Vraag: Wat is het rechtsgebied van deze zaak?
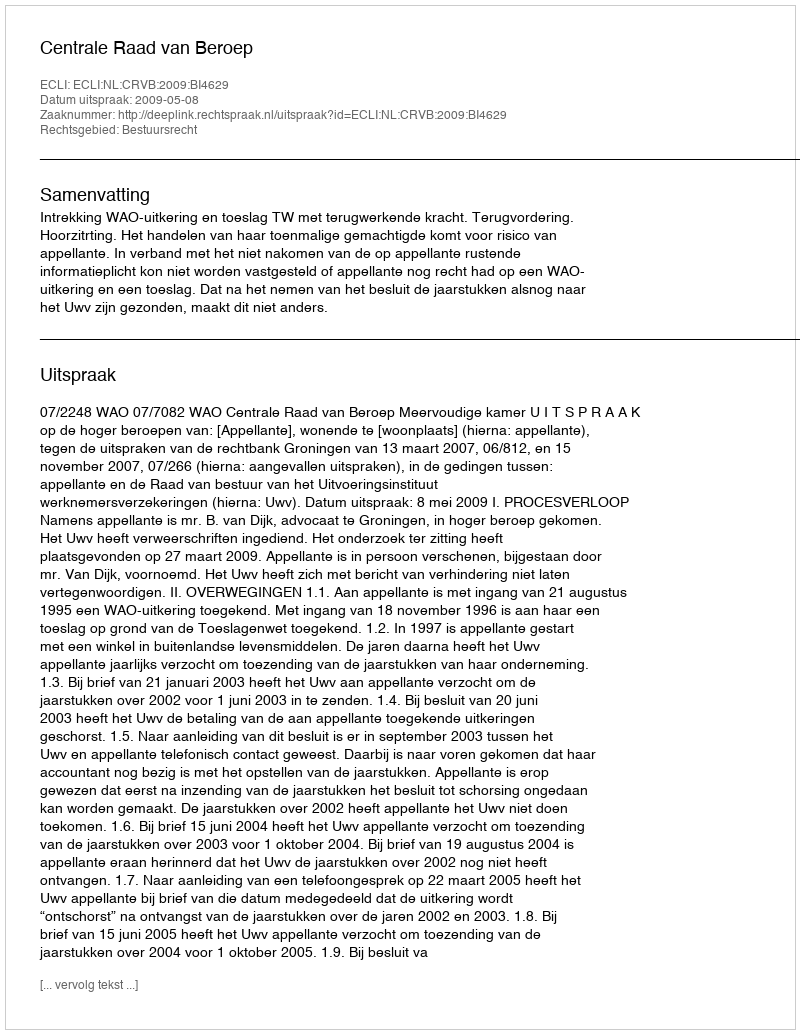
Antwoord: Bestuursrecht